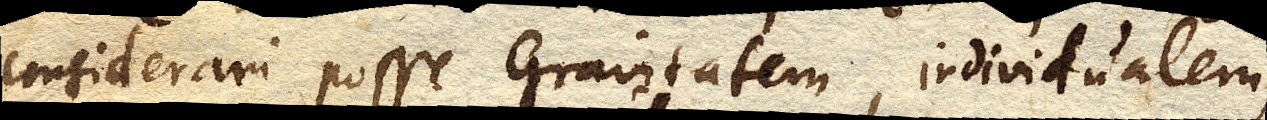
considerari posse Gravitatem, individualem,